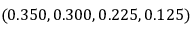
( 0 . 3 5 0 , 0 . 3 0 0 , 0 . 2 2 5 , 0 . 1 2 5 )